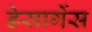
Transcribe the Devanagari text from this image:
डेसार्गेस